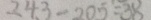
2 4 3 - 2 0 5 = 3 8